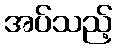
အပ်သည့်